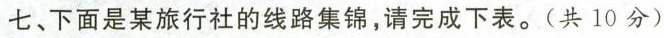
七、下面是某旅行社的线路集锦，请完成下表。(共10分)